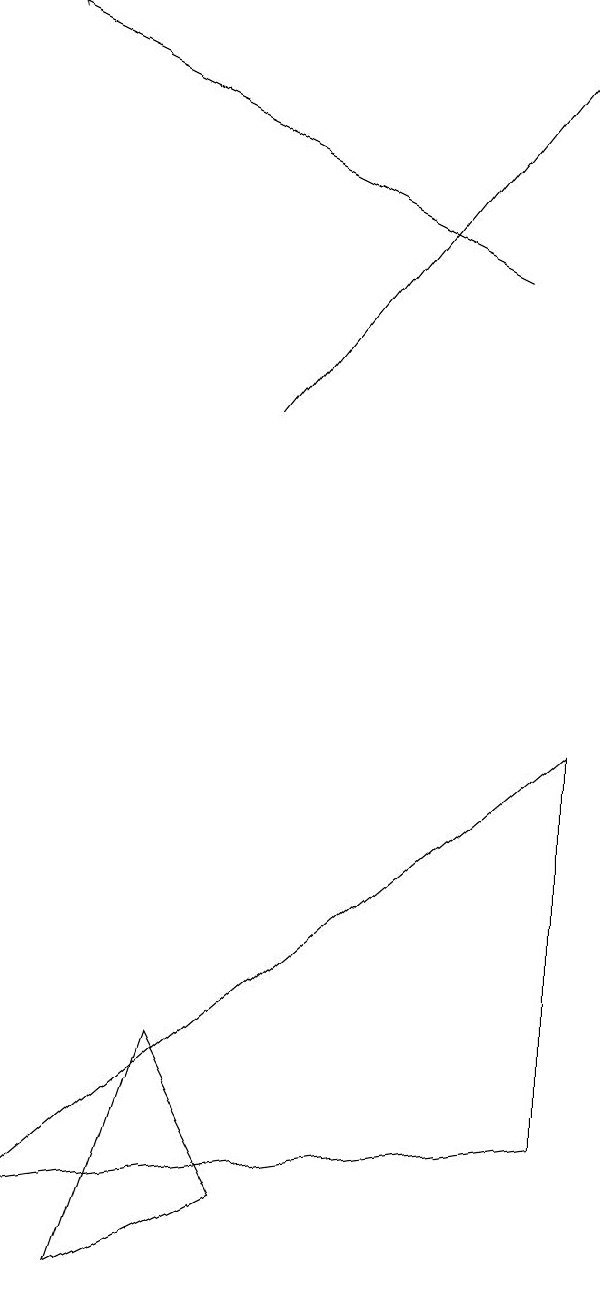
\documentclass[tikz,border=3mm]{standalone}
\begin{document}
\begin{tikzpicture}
\draw (7,7) -- (7,2) -- (0,1) -- cycle;
\draw[->] (3,11) -- (7,16);
\draw[->] (6,13) -- (0,16);
\draw (2,3) -- (1,0) -- (3,1) -- cycle;
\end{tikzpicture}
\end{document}